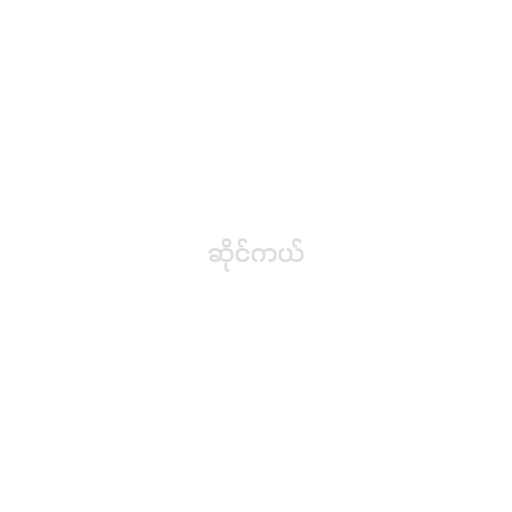
ဆိုင်ကယ်